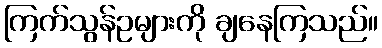
ကြက်သွန်ဥများကို ချနေကြသည်။